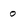
Character: 0